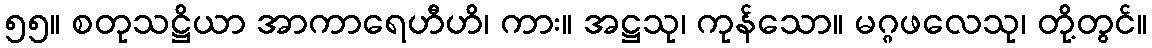
၅၅။ စတုသဋ္ဌိယာ အာကာရေဟီဟိ၊ ကား။ အဋ္ဌသု၊ ကုန်သော။ မဂ္ဂဖလေသု၊ တို့တွင်။